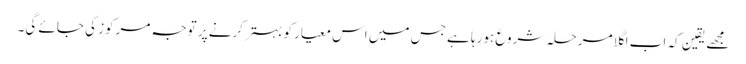
مجھے یقین کہ اب اگلا مرحلہ شروع ہورہا ہے جس میں اس معیار کو بہتر کرنے پر توجہ مرکوز کی جائے گی۔